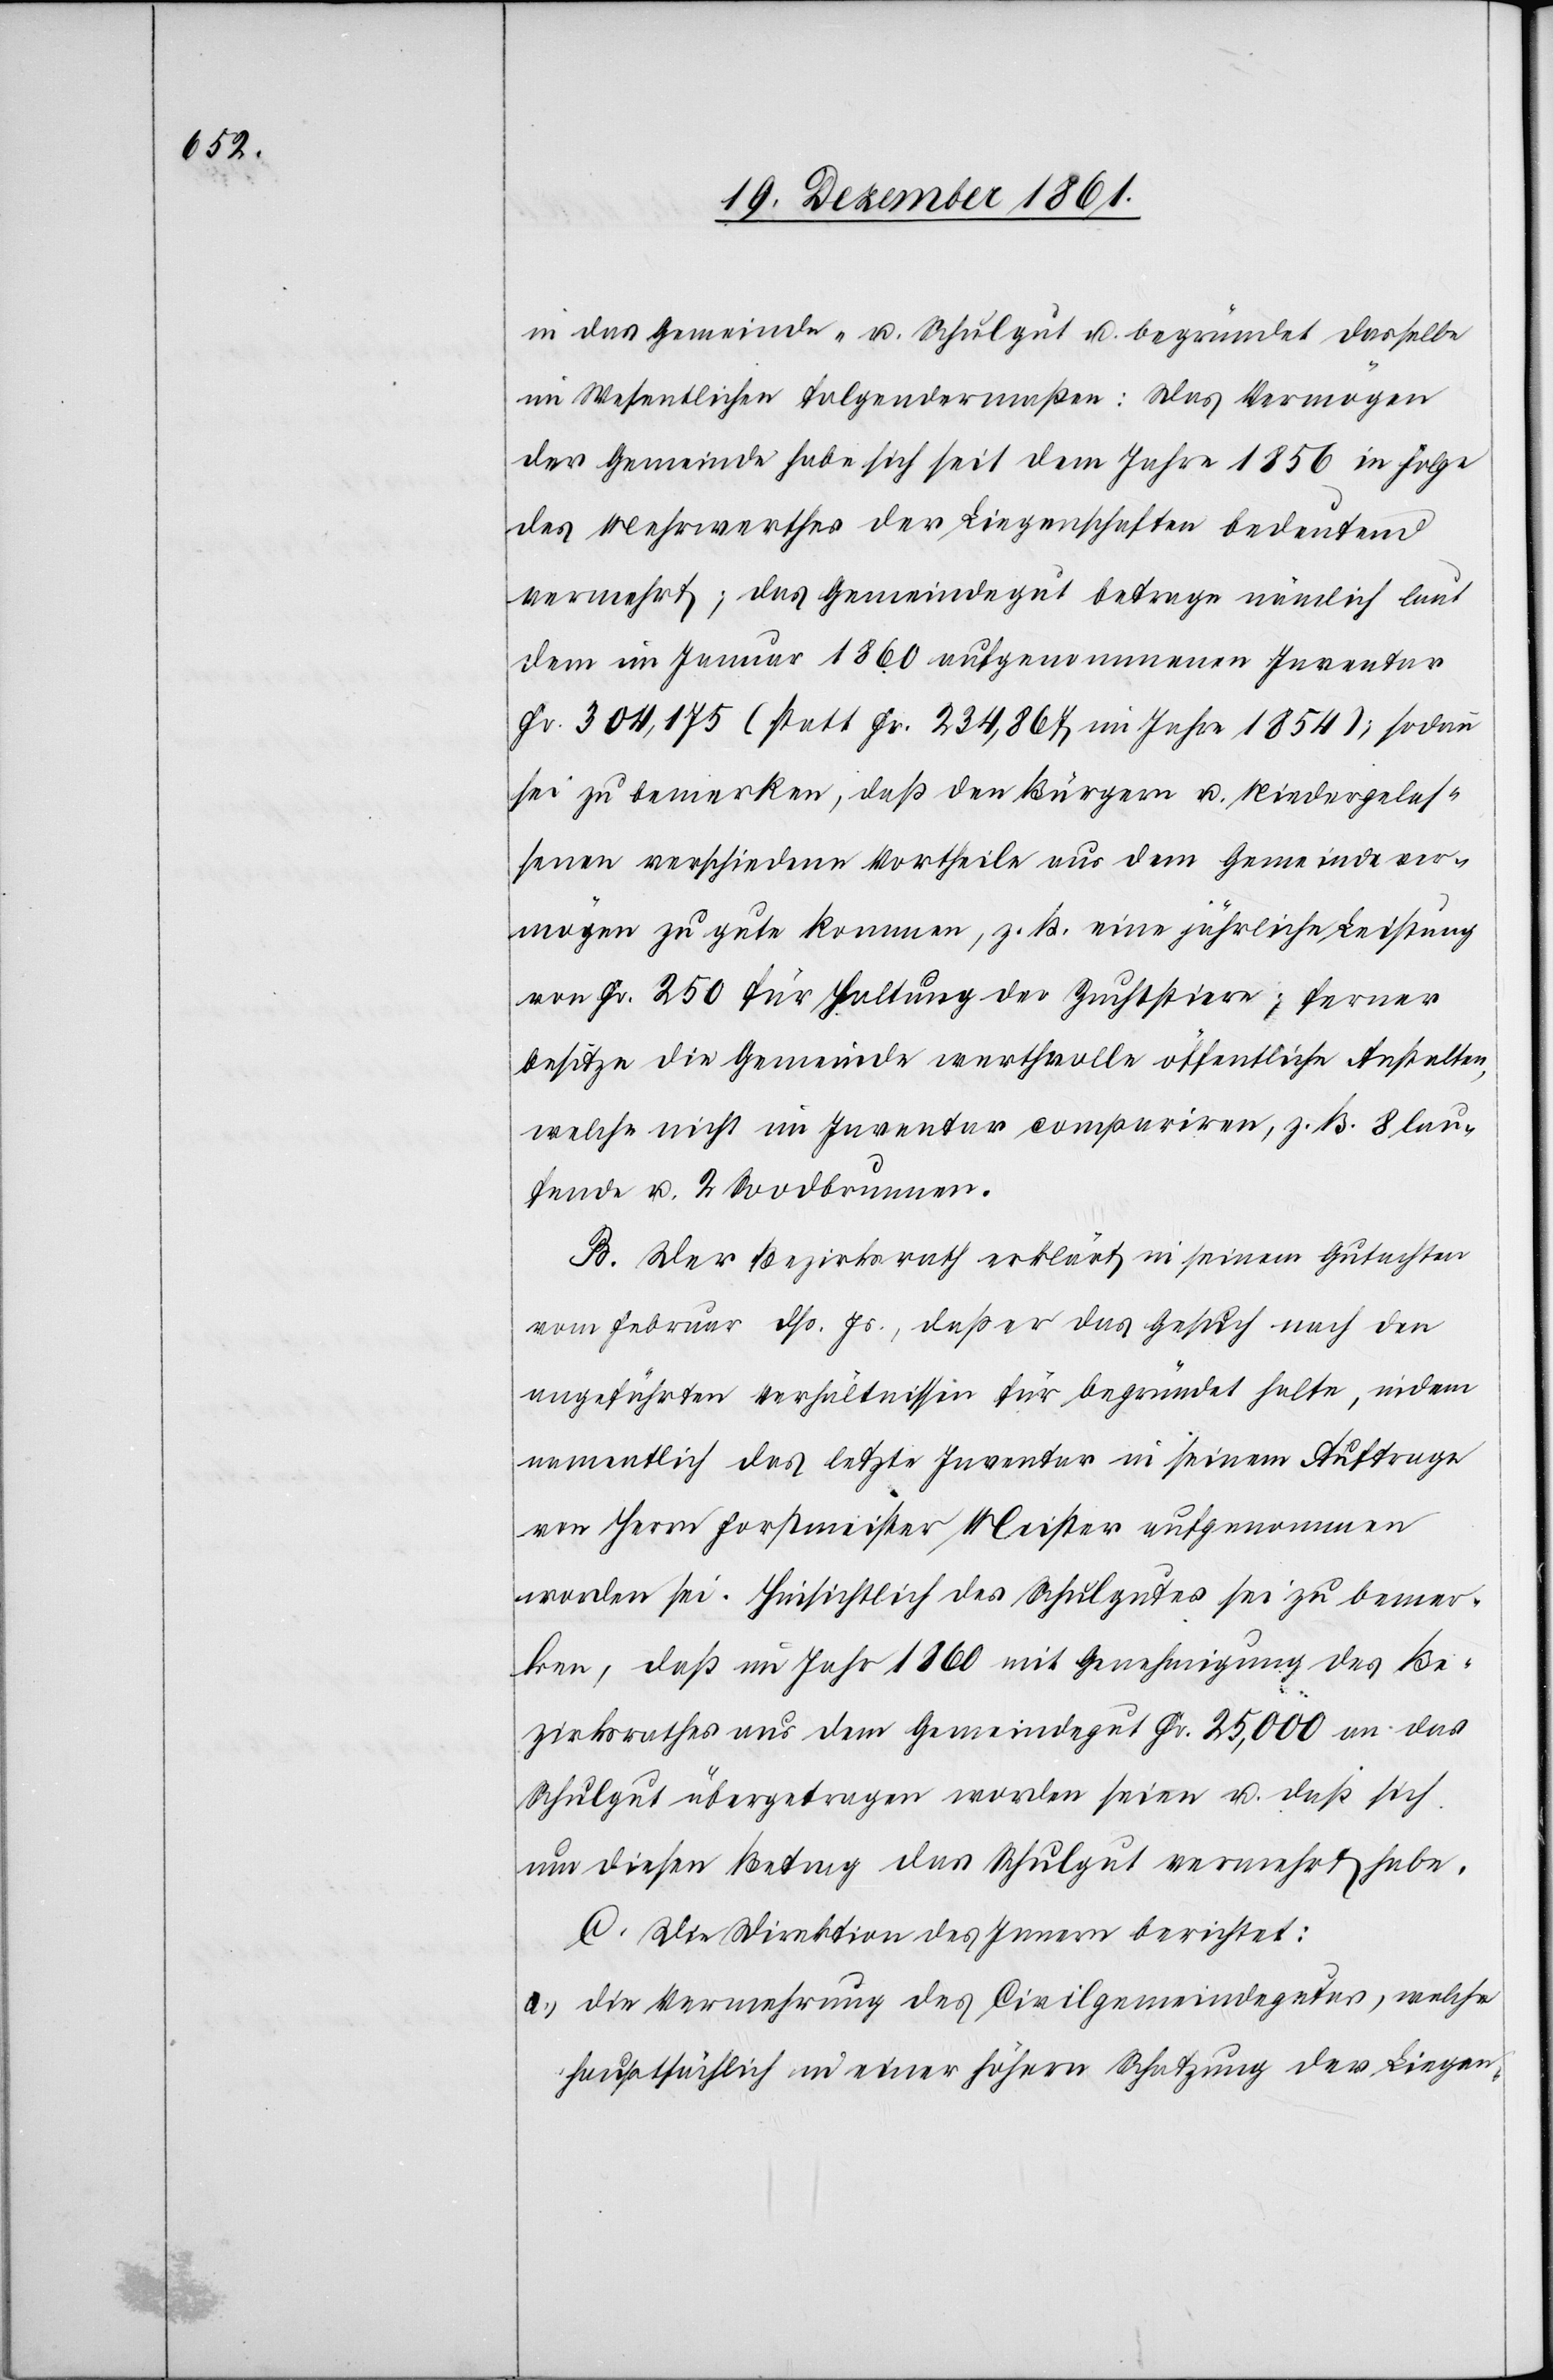
in das Gemeinde- u. Schulgut u. begründet dasselbe
im Wesentlichen folgendermaßen: Das Vermögen
der Gemeinde habe sich seit dem Jahre 1856 in Folge
des Mehrwerthes der Liegenschaften bedeutend
vermehrt; das Gemeindegut betrage nämlich laut
dem im Januar 1860 aufgenommenen Inventar
Fr. 304,175 (statt Fr. 234,867 im Jahre 1854); sodann
sei zu bemerken, daß den Bürgern u. Niedergelas¬
senen verschiedene Vortheile aus dem Gemeindever¬
mögen zu gute kommen, z. B. eine jährliche Leistung
von Fr. 250 für Haltung der Zuchtstiere, ferner
besitze die Gemeinde werthvolle öffentliche Anstalten,
welche nicht im Inventar compariren, z. B. 8 lau¬
fende u. 2 Soodbrunnen.
B. Der Bezirksrath erklärt in seinem Gutachten
vom Februar dß. Js., daß er das Gesuch nach den
angeführten Verhältnissen für begründet halte, indem
namentlich das letzte Inventar in seinem Auftrage
von Herrn Forstmeister Meister aufgenommen
worden sei. Hinsichtlich des Schulgutes sei zu bemer¬
ken, daß im Jahr 1860 mit Genehmigung des Be¬
zirksrathes aus dem Gemeindegut Fr. 25,000 an das
Schulgut übertragen worden seien u. daß sich
um diesen Betrag das Schulgut vermehrt habe.
C. Die Direktion des Innern berichtet:
a.) die Vermehrung des Civilgemeindegutes, welche
hauptsächlich in einer höhern Schatzung der Liegen-